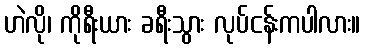
ဟဲလို၊ ကိုရီးယား ခရီးသွား လုပ်ငန်းကပါလား။